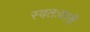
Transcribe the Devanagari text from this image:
स्वतःवरती